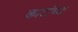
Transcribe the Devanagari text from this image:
कार्टाच्या